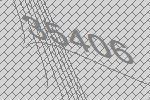
35406